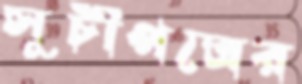
সূচীপত্রের